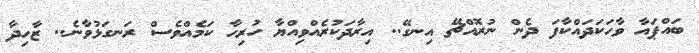
ބައްޕައާ ވާހަކަދައްކާފަ ދެން ނުރޮއްޗޭ އިނގޭ.. އިރާދަކުރެއްވިއްޔާ ހުރިހާ ކަމެއްވެސް ރަނގަޅުވާނެ.. ޒާހިދާ